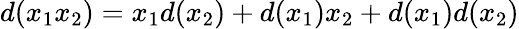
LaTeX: d(x_{1}x_{2})=x_{1}d(x_{2})+d(x_{1})x_{2}+d(x_{1})d(x_{2})